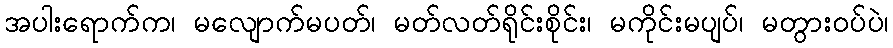
အပါးရောက်က၊ မလျောက်မပတ်၊ မတ်လတ်ရိုင်းစိုင်း၊ မကိုင်းမပျပ်၊ မတွားဝပ်ပဲ၊